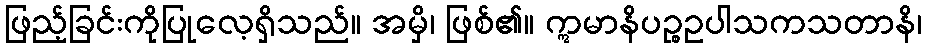
ဖြည့်ခြင်းကိုပြုလေ့ရှိသည်။ အမှိ၊ ဖြစ်၏။ ဣမာနိပဉ္စဥပါသကသတာနိ၊